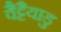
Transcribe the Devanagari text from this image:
वैट्टैयाडु